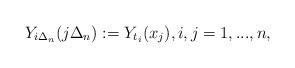
LaTeX: \begin{align*} Y_{i\Delta_n}(j\Delta_n):=Y_{t_i}(x_j), i,j=1,...,n,\end{align*}